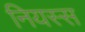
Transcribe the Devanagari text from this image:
नियस्स